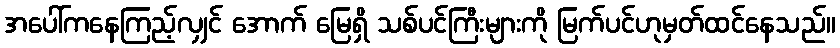
အပေါ်ကနေကြည့်လျှင် အောက် မြေရှိ သစ်ပင်ကြီးများကို မြက်ပင်ဟုမှတ်ထင်နေသည်။